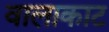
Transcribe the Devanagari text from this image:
वालाकाट